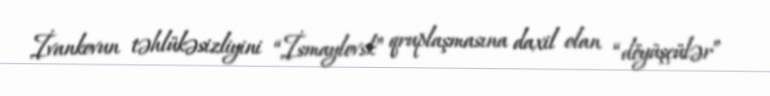
İvankovun təhlükəsizliyini “İsmaylovsk” qruplaşmasına daxil olan “döyüşçülər”